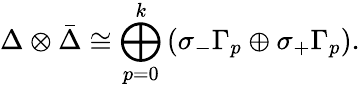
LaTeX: \Delta\otimes{\bar{\Delta}}\cong\bigoplus_{p=0}^{k}\left(\sigma_{-}\Gamma_{p}\oplus\sigma_{+}\Gamma_{p}\right).